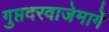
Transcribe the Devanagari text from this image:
गुप्तदरवाजेमार्गे